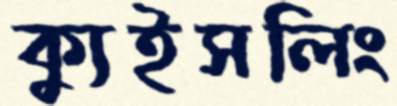
ক্যুইসলিং